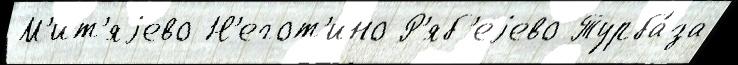
М'ит'яjево Н'егот'ино Р'яб'еjево Турба́за